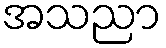
အသညာ